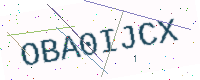
Text: OBA0IJCX